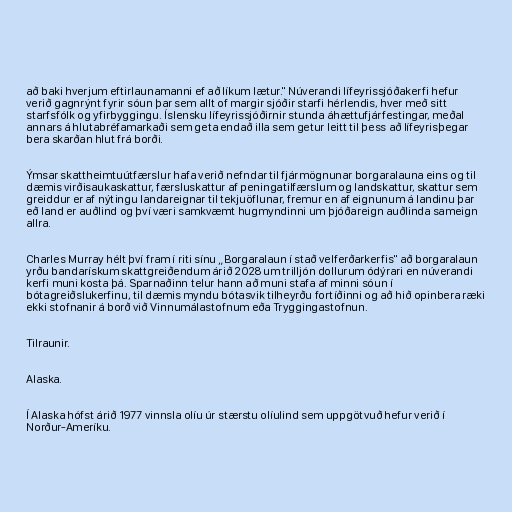
að baki hverjum eftirlaunamanni ef að líkum lætur." Núverandi lífeyrissjóðakerfi hefur
verið gagnrýnt fyrir sóun þar sem allt of margir sjóðir starfi hérlendis, hver með sitt
starfsfólk og yfirbyggingu. Íslensku lífeyrissjóðirnir stunda áhættufjárfestingar, meðal
annars á hlutabréfamarkaði sem geta endað illa sem getur leitt til þess að lífeyrisþegar
bera skarðan hlut frá borði.

Ýmsar skattheimtuútfærslur hafa verið nefndar til fjármögnunar borgaralauna eins og til
dæmis virðisaukaskattur, færsluskattur af peningatilfærslum og landskattur, skattur sem
greiddur er af nýtingu landareignar til tekjuöflunar, fremur en af eignunum á landinu þar
eð land er auðlind og því væri samkvæmt hugmyndinni um þjóðareign auðlinda sameign
allra.

Charles Murray hélt því fram í riti sínu „Borgaralaun í stað velferðarkerfis" að borgaralaun
yrðu bandarískum skattgreiðendum árið 2028 um trilljón dollurum ódýrari en núverandi
kerfi muni kosta þá. Sparnaðinn telur hann að muni stafa af minni sóun í
bótagreiðslukerfinu, til dæmis myndu bótasvik tilheyrðu fortíðinni og að hið opinbera ræki
ekki stofnanir á borð við Vinnumálastofnum eða Tryggingastofnun.

Tilraunir.

Alaska.

Í Alaska hófst árið 1977 vinnsla olíu úr stærstu olíulind sem uppgötvuð hefur verið í
Norður-Ameríku.